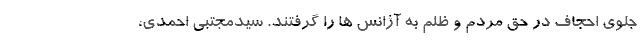
جلوی احجاف در حق مردم و ظلم به آژانس ها را گرفتند. سیدمجتبی احمدی،